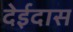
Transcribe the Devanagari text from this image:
देईदास